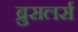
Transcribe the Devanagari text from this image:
ब्रुसलर्स